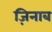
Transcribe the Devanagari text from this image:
ज़िनाब